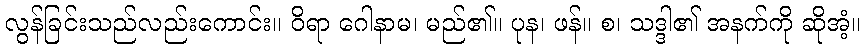
လွန်ခြင်းသည်လည်းကောင်း။ ဝိရာ ဂေါနာမ၊ မည်၏။ ပုန၊ ဖန်။ စ၊ သဒ္ဒါ၏ အနက်ကို ဆိုအံ့။